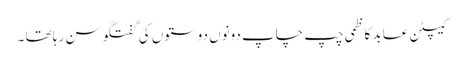
کیپٹن عابد کاظمی چپ چاپ دونوں دوستوں کی گفتگو سن رہا تھا ۔